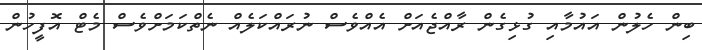
ބިން ހެލުން އައުމާއި ގުޅިގެން ރާއްޖެއަށް އެއްވެސް ނުރައްކަލެއް ނެތްކަމަށްވެސް މެޓް އޮފީހުން